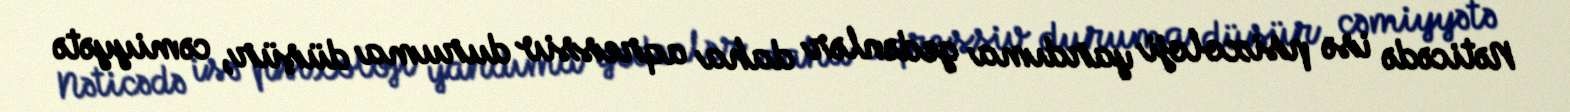
Nəticədə isə psixoloji yardıma gedənlər daha aqressiv duruma düşür, cəmiyyətə